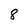
Character: 8